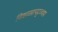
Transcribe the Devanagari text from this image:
विशाखापट्टण्णम